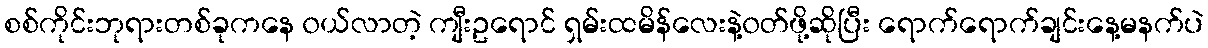
စစ်ကိုင်းဘုရားတစ်ခုကနေ ၀ယ်လာတဲ့ ကျီးဥရောင် ရှမ်းထမိန်လေးနဲ့၀တ်ဖို့ဆိုပြီး ရောက်ရောက်ချင်းနေ့မနက်ပဲ